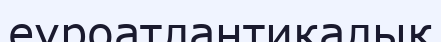
еуроатлантикалық